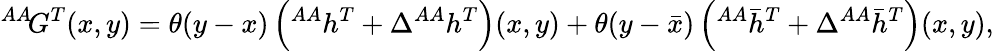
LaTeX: {^{AA}\! G^{T}}(x,y)=\theta(y-x)\left({^{AA}h^{T}}+\Delta{^{AA}h^{T}}\right)(x,y)+\theta(y-\bar{x})\left({^{AA}\bar{h}^{T}}+\Delta{^{AA}\bar{h}^{T}}\right)(x,y),